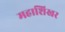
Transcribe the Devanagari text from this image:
महाशिखर